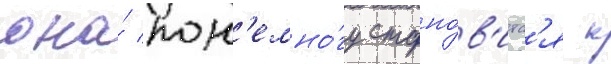
она́ пон'емно́гу стано́в'итс'я к